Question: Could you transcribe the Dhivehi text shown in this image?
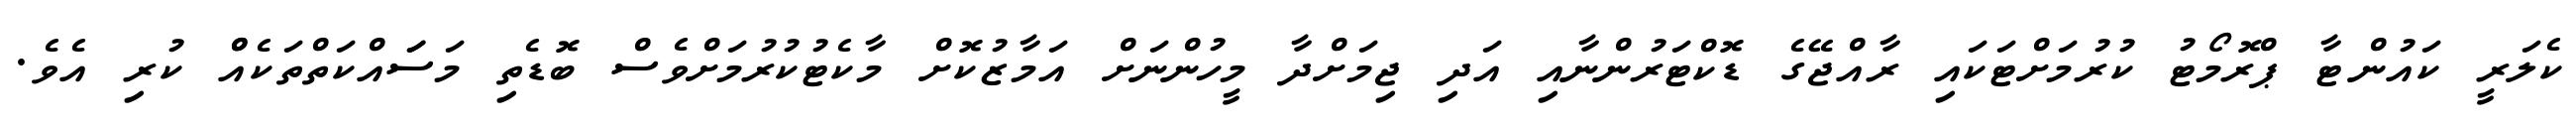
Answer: ކެލަރީ ކައުންޓާ ޕްރޮމޯޓު ކުރުމަށްޓަކައި ރާއްޖޭގެ ޑޮކްޓަރުންނާއި އަދި ޖިމަށްދާ މީހުންނަށް އަމާޒުކޮށް މާކެޓުކުރުމަށްވެސް ބޮޑެތި މަސަައްކަތްތަކެއްް ކުރި އެވެ.